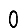
Digit: 0